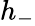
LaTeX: h_{-}